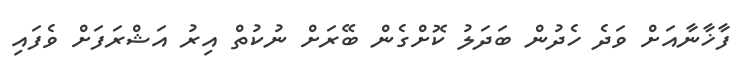
ފާޚާނާއަށް ވަދެ ހެދުން ބަދަލު ކޮށްގެން ބޭރަށް ނުކުތް އިރު އަޝްރަފަށް ވެފައި